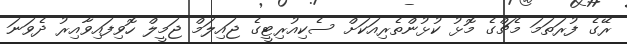
ރޭގެ ފުރަތަމަ މެޗްގެ މޮޅު ކުޅުންތެރިއަކަށް ސެކިއުރިޓީގެ ޖައިލަމް ޖަމީލް ހޮވިފައިވާއިރު ދެވަނަ